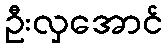
ဦးလှအောင်